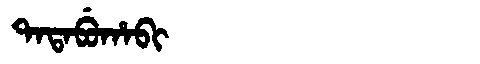
Manchu: ᡨᠠᡨᠠᠪᡠᡥᠠᠪᡳ
Romanization: TATABUHABI